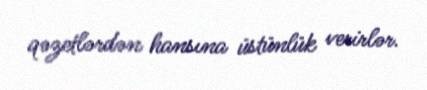
qəzetlərdən hansına üstünlük verirlər.